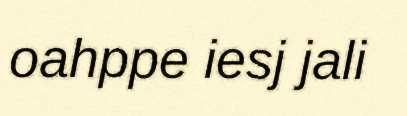
oahppe iesj jali